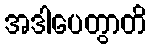
အဒါပေတွာတိ